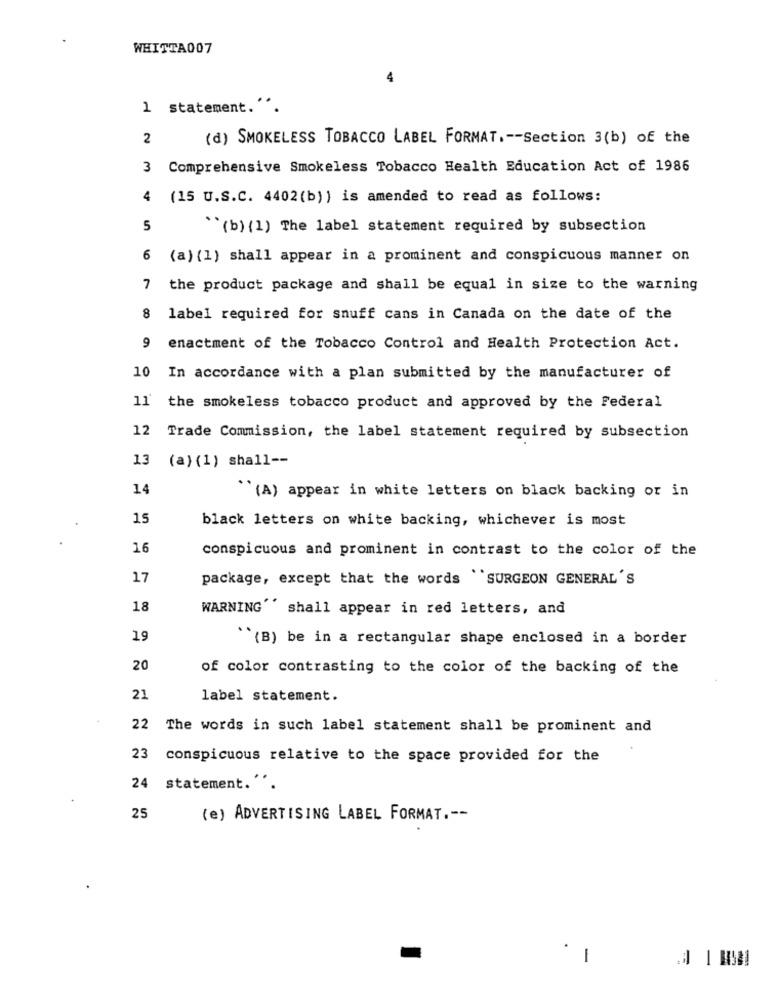
WHITTA007
4
1 statement.".
2
(d) SMOKELESS TOBACCO LABEL FORMAT .-- Section 3(b) of the
3 Comprehensive Smokeless Tobacco Health Education Act of 1986
4 (15 U.S.C. 4402(b)) is amended to read as follows:
5
``(b) (1) The label statement required by subsection
6 (a) (1) shall appear in a prominent and conspicuous manner on
7 the product package and shall be equal in size to the warning
8 label required for snuff cans in Canada on the date of the
9
enactment of the Tobacco Control and Health Protection Act.
10
In accordance with a plan submitted by the manufacturer of
11
the smokeless tobacco product and approved by the Federal
12
Trade Commission, the label statement required by subsection
13
(a) (1) shall --
14
"(A) appear in white letters on black backing or in
15
black letters on white backing, whichever is most
16
conspicuous and prominent in contrast to the color of the
17
package, except that the words "SURGEON GENERAL'S
18
WARNING'' shall appear in red letters, and
19
``(B) be in a rectangular shape enclosed in a border
20
of color contrasting to the color of the backing of the
21
label statement.
22
The words in such label statement shall be prominent and
23
conspicuous relative to the space provided for the
24 statement.''.
25
(e) ADVERTISING LABEL FORMAT .--
1